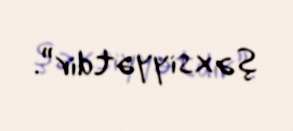
şəxsiyyətdir”.